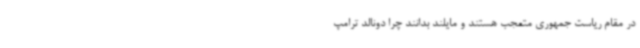
در مقام ریاست جمهوری متعجب هستند و مایلند بدانند چرا دونالد ترامپ